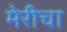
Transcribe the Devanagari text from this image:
मेरीचा